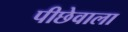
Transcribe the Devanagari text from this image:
पीछेवाला